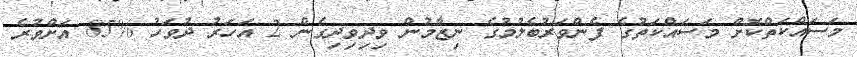
މަސައްކަތްކޮށް މަސައްކަތުގެ ފެންވަރުބެލުމުގެ ނިޒާމުން ވިދިވިދިގެން 2 އަހަރު ދުވަހު %85 އަށްވުރެ